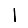
Digit: 1